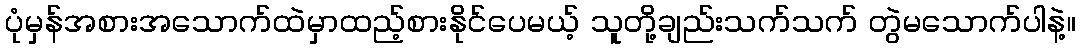
ပုံမှန်အစားအသောက်ထဲမှာထည့်စားနိုင်ပေမယ့် သူတို့ချည်းသက်သက် တွဲမသောက်ပါနဲ့။